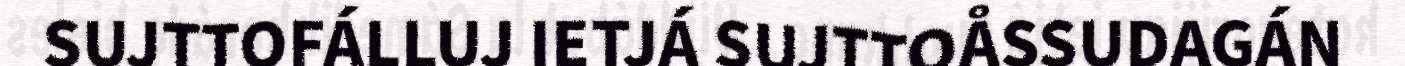
SUJTTOFÁLLUJ IETJÁ SUJTTOÅSSUDAGÁN